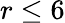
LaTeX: r\leq 6